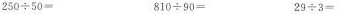
250÷50= 810÷90= 29÷3=